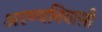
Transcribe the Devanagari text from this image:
अरण्यनिवासी